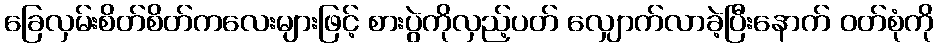
ခြေလှမ်းစိတ်စိတ်ကလေးများဖြင့် စားပွဲကိုလှည့်ပတ် လျှောက်လာခဲ့ပြီးနောက် ဝတ်စုံကို